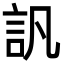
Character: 訉